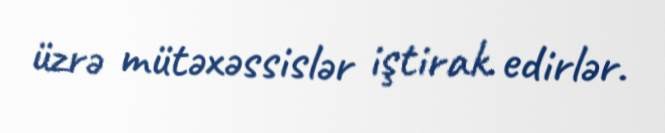
üzrə mütəxəssislər iştirak edirlər.